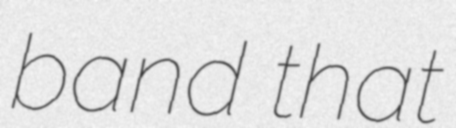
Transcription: band that